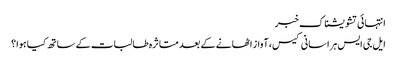
انتہائی تشویشناک خبر
ایل جی ایس ہراسانی کیس، آواز اٹھانے کے بعد متاثرہ طالبات کے ساتھ کیا ہوا؟